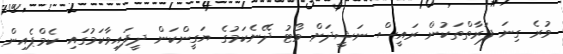
ވުރެ ގިނަ ފަރާތްތަކުން ރައީސް ނަޝީދަށް ވޯޓު ދޭނެކަމުގެ ޔަގީންކަން ދީފައިވާކަމުގައި ކެމްޕެއިން